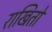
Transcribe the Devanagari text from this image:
राखितो